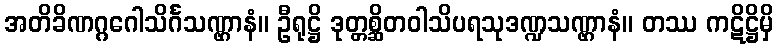
အတိခိဏဂ္ဂဂေါသိင်္ဂသဏ္ဌာနံ။ ဦရုဋ္ဌိ ဒုတ္တစ္ဆိတဝါသိပရသုဒဏ္ဍသဏ္ဌာနံ။ တဿ ကဋိဋ္ဌိမှိ